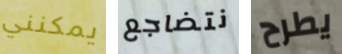
يمكنني نتضاجع يطرح